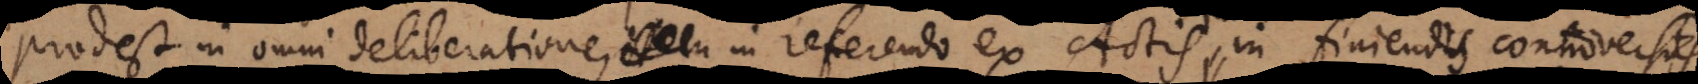
prodest in omni deliberatione, in referendo ex Actis, in finiendis controversiis